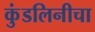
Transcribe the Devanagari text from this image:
कुंडलिनीचा